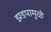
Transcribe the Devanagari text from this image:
झडपामुळे